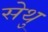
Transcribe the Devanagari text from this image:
सेथु